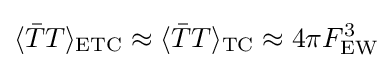
\langle {\bar {T}}T\rangle _{\text{ETC}}\approx \langle {\bar {T}}T\rangle _{\text{TC}}\approx 4\pi F_{\text{EW}}^{3}